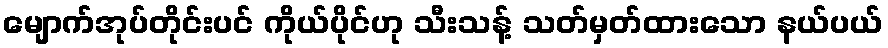
မျောက်အုပ်တိုင်းပင် ကိုယ်ပိုင်ဟု သီးသန့် သတ်မှတ်ထားသော နယ်ပယ်